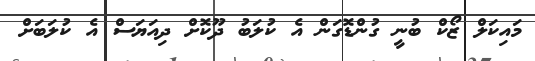
މައިކަލް ޒޯކް ބުނީ ގުންޑޮގަން އެ ކުލަބު ދޫކޮށް ދިއަޔަސް އެ ކުލަބަށް